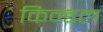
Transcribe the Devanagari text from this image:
किन्डल